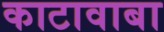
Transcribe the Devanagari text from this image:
काटावाबा